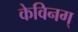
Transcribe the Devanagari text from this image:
केविनग्